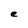
Character: e